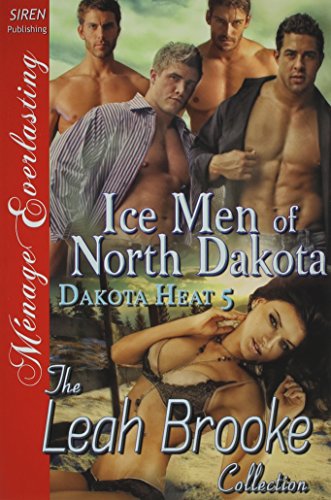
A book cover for Ice Men of North Dakota [Dakota Heat 5] (Siren Publishing Menage Everlasting); Leah Brooke; Romance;